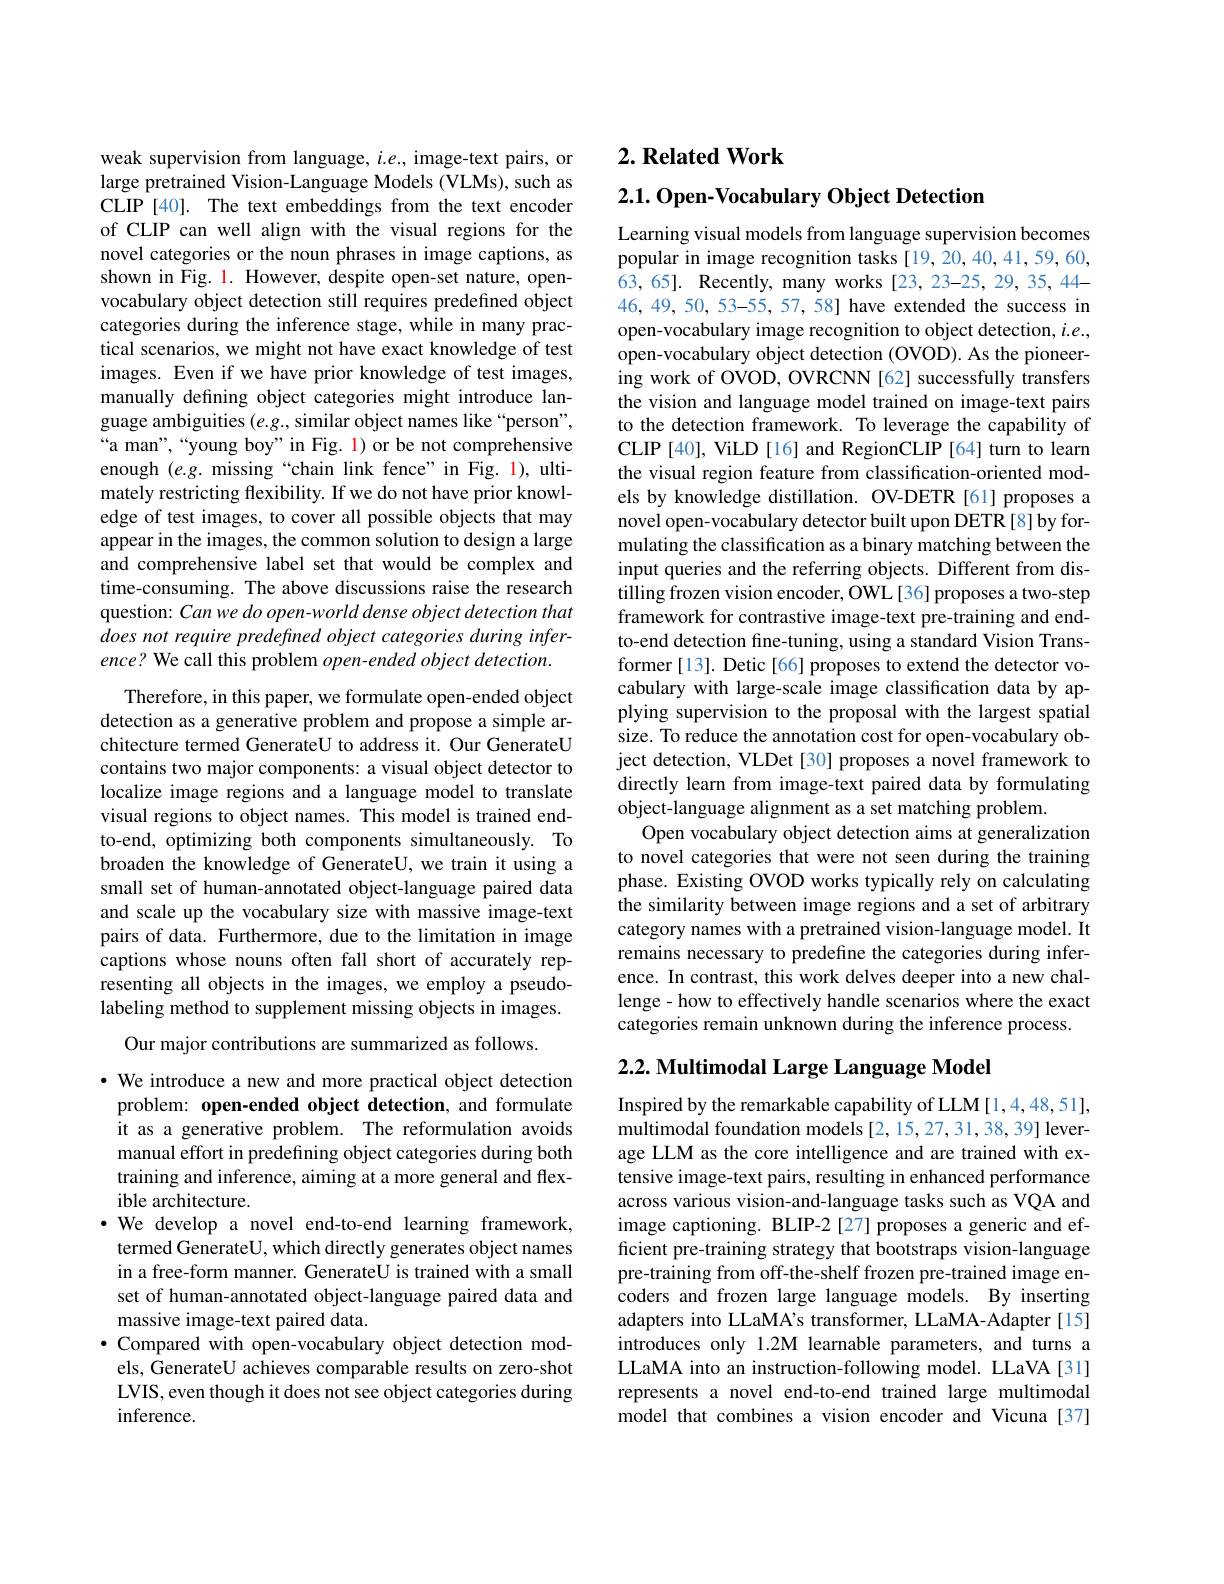
weak supervision from language, $i.e.$, image-text pairs, or large pretrained Vision-Language Models (VLMs), such as CLIP [40]. The text embeddings from the text encoder of CLIP can well align with the visual regions for the novel categories or the noun phrases in image captions, as shown in Fig. 1. However, despite open-set nature, openvocabulary object detection still requires predefined object categories during the inference stage, while in many practical scenarios, we might not have exact knowledge of test images. Even if we have prior knowledge of test images, manually defining object categories might introduce language ambiguities $(e.g.$, similar object names like“person”, “a man",“young boy”in Fig. l) or be not comprehensive enough $(e.g.$ missing“chain link fence”in Fig. 1), ultimately restricting flexibility. If we do not have prior knowledge of test images, to cover all possible objects that may appear in the images, the common solution to design a large and comprehensive label set that would be complex and time-consuming. The above discussions raise the research question: Can we do open-world dense object detection that does not require predefined object categories during inference? We call this problem open-ended object detection.

Therefore, in this paper, we formulate open-ended object detection as a generative problem and propose a simple architecture termed GenerateU to address it. Our GenerateU contains two major components: a visual object detector to localize image regions and a language model to translate visual regions to object names. This model is trained endto-end, optimizing both components simultaneously. To broaden the knowledge of GenerateU, we train it using a small set of human-annotated object-language paired data and scale up the vocabulary size with massive image-text pairs of data. Furthermore, due to the limitation in image captions whose nouns often fall short of accurately representing all objects in the images, we employ a pseudolabeling method to supplement missing objects in images.
Our major contributions are summarized as follows.

· We introduce a new and more practical object detection problem: open-ended object detection, and formulate it as a generative problem. The reformulation avoids manual effort in predefining object categories during both training and inference, aiming at a more general and flexible architecture.
$\cdot$ We develop a novel end-to-end learning framework, termed GenerateU, which directly generates object names in a free-form manner. GenerateU is trained with a small set of human-annotated object-language paired data and massive image-text paired data.
$\bullet$ Compared with open-vocabulary object detection models, GenerateU achieves comparable results on zero-shot LVIS, even though it does not see object categories during inference.

# 2. Related Work

2.1. Open-Vocabulary Object Detection

Learning visual models from language supervision becomes popular in image recognition tasks [19,20,40,41,59,60, 63,65]. Recently, many works [23,23-25,29,35,44- 46,49,50, 53-55, 57, 58] have extended the success in open-vocabulary image recognition to object detection, $i.e.$, open-vocabulary object detection (OVOD). As the pioneering work of OVOD, OVRCNN [62] successfully transfers the vision and language model trained on image-text pairs to the detection framework. To leverage the capability of CLIP [40], ViLD [16] and RegionCLIP [64] turn to learn the visual region feature from classification-oriented models by knowledge distillation. OV-DETR [61] proposes a novel open-vocabulary detector built upon DETR [8] by formulating the classification as a binary matching between the input queries and the referring objects. Different from distilling frozen vision encoder, OWL[36]proposes a two-step framework for contrastive image-text pre-training and endto-end detection fine-tuning, using a standard Vision Transformer[13]. Detic[66] proposes to extend the detector vocabulary with large-scale image classification data by applying supervision to the proposal with the largest spatial size. To reduce the annotation cost for open-vocabulary object detection, VLDet [30] proposes a novel framework to directly learn from image-text paired data by formulating object-language alignment as a set matching problem.
Open vocabulary object detection aims at generalization to novel categories that were not seen during the training phase. Existing OVOD works typically rely on calculating the similarity between image regions and a set of arbitrary category names with a pretrained vision-language model. It remains necessary to predefine the categories during inference. In contrast, this work delves deeper into a new challenge - how to effectively handle scenarios where the exact categories remain unknown during the inference process.

## $2. 2. \textbf{Multimodal Large Language Model}$

Inspired by the remarkable capability of LLM[1,4,48,51], multimodal foundation models [2, 15, 27, 31, 38, 39] leverage LLM as the core intelligence and are trained with extensive image-text pairs, resulting in enhanced performance across various vision-and-language tasks such as VQA and image captioning. BLIP-2[27] proposes a generic and efficient pre-training strategy that bootstraps vision-language pre-training from off-the-shelf frozen pre-trained image encoders and frozen large language models. By inserting adapters into LLaMA's transformer, LLaMA-Adapter [15] introduces only 1.2M learnable parameters, and turns a LLaMA into an instruction-following model. LLaVA [31] represents a novel end-to-end trained large multimodal model that combines a vision encoder and Vicuna [37]